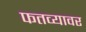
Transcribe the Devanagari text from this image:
फतव्यावर